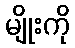
မျိုးကို